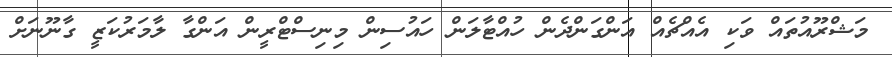
މަޝްރޫއުތައް ވަކި އެއްޗެއް އަންގަންދެން ހުއްޓާލަން ހައުސިން މިނިސްޓްރީން އަންގާ ލާމަރުކަޒީ ގާނޫނަށް